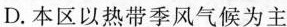
D.本区以热带季风气候为主